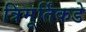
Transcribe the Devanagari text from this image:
त्रिमूर्तिंकडे